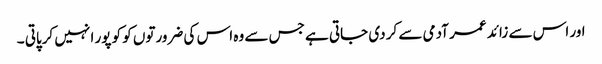
اور اس سے زائد عمر آدمی سے کر دی جاتی ہے جس سے وہ اس کی ضرورتوں کو کو پور ا نہیں کرپاتی ۔